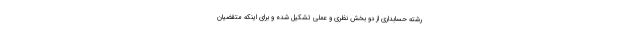
رشته حسابداری از دو بخش نظری و عملی تشکیل شده و برای اینکه متقضیان